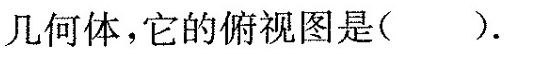
几何体，它的俯视图是( ).